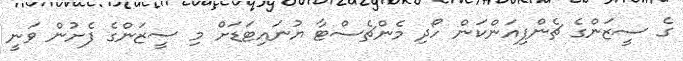
ގެ ސީޒަންގެ ޗެންޕިއަންކަން ހޯދި މެންޗެސްޓާ ޔުނައިޓަޑަށް މި ސީޒަންގެ ފެށުން ވަނީ